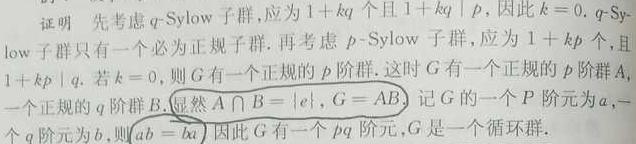
证明 先考虑 \(q -\)Sylow 子群, 应为 \(1 + kq\) 个且 \(1 + kq\mid p\), 因此 \(k = 0\). \(q -\)Sy - low 子群只有一个必为正规子群. 再考虑 \(p -\)Sylow 子群, 应为 \(1+kp\) 个, 且 \(1 + kp\mid q\). 若 \(k = 0\), 则 \(G\) 有一个正规的 \(p\) 阶群. 这时 \(G\) 有一个正规的 \(p\) 阶群 \(A\), 一个正规的 \(q\) 阶群 \(B\). 显然 \(A\cap B=\{e\},G = AB\). 记 \(G\) 的一个 \(P\) 阶元为 \(a\), 一个 \(q\) 阶元为 \(b\), 则 \(ab = ba\). 因此 \(G\) 有一个 \(pq\) 阶元, \(G\) 是一个循环群.